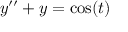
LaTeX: y ^ { \prime \prime } + y = \cos ( t )